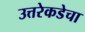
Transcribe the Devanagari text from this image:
उत्तरेकडेचा